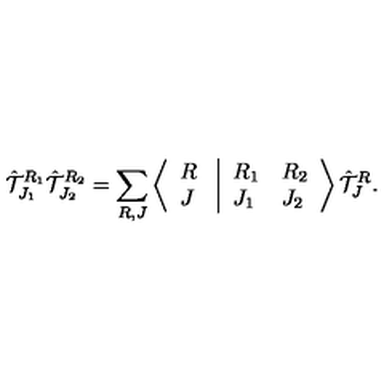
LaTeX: { \hat { \cal T } } _ { J _ { 1 } } ^ { R _ { 1 } } { \hat { \cal T } } _ { J _ { 2 } } ^ { R _ { 2 } } = \sum _ { R , J } \left\langle \begin{array} { l } { R } \\ { J } \\ \end{array} \right. \left| \begin{array} { l l } { R _ { 1 } } & { R _ { 2 } } \\ { J _ { 1 } } & { J _ { 2 } } \\ \end{array} \right\rangle { \hat { \cal T } } _ { J } ^ { R } .